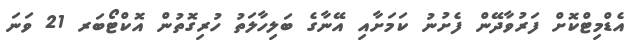
އެޑްމިޓްކޮށް ފަރުވާދޭން ފެށުނު ކަމަށާއި އޭނާގެ ބަލިހާލަތު ހުރިގޮތުން އޮކްޓޯބަރ 21 ވަނަ